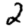
Digit: 2